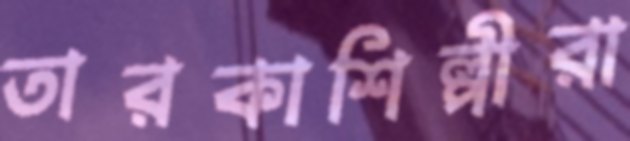
তারকাশিল্পীরা